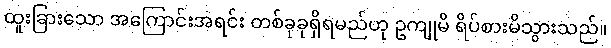
ထူးခြားသော အကြောင်းအရင်း တစ်ခုခုရှိရမည်ဟု ဥကျုမိ ရိပ်စားမိသွားသည်။